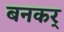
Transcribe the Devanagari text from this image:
बनकर्